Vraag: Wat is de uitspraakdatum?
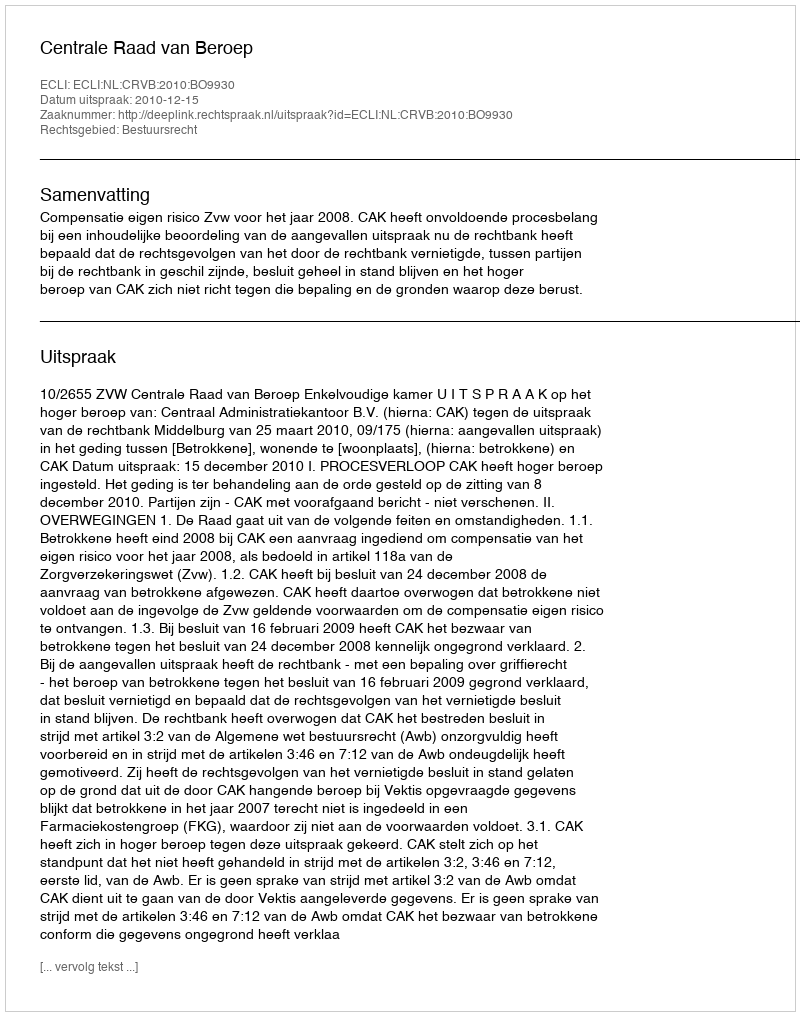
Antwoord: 2010-12-15